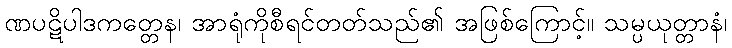
ဏပဋိပါဒကတ္တေန၊ အာရုံကိုစီရင်တတ်သည်၏ အဖြစ်ကြောင့်။ သမ္ပယုတ္တာနံ၊